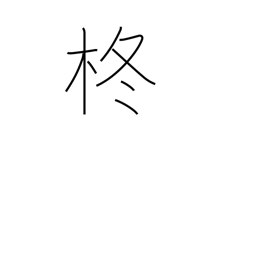
Meaning: holly